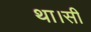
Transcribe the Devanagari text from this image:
था।सी